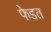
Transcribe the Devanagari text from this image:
फेडत